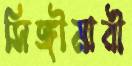
সিঙ্গীমারী